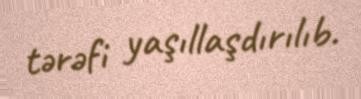
tərəfi yaşıllaşdırılıb.